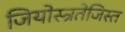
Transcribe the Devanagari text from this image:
जियोस्त्रतेजिस्त